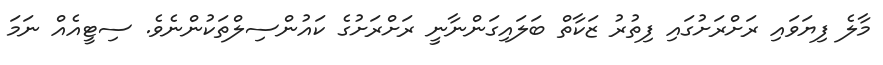
މާލެ ފިޔަވައި ރަށްރަށުގައި ފިތުރު ޒަކާތް ބަލައިގަންނާނީ ރަށްރަށުގެ ކައުންސިލްތަކުންނެވެ. ސިޓީއެއް ނަމަ